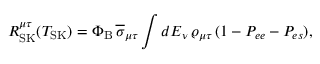
R _ { \mathrm { S K } } ^ { \mu \tau } ( T _ { \mathrm { S K } } ) = \Phi _ { \mathrm { B } } \, \overline { { \sigma } } _ { \mu \tau } \int d E _ { \nu } \, \varrho _ { \mu \tau } \, ( 1 - P _ { e e } - P _ { e s } ) ,